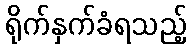
ရိုက်နှက်ခံရသည့်